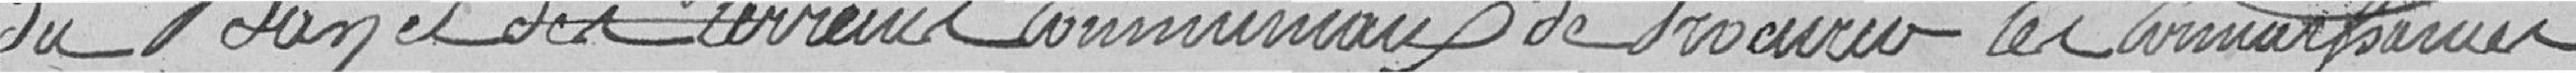
du ban et des terrains communaux de procurer les connaissances